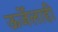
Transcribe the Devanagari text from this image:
ऊर्जेलाही